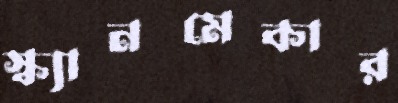
স্ক্যানমেকার